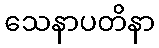
သေနာပတိနာ